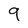
Character: 9